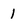
Character: 1